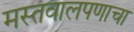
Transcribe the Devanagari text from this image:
मस्तवालपणाचा